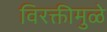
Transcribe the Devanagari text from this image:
विरक्तीमुळे